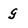
Character: g